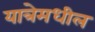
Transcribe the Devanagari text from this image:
यात्रेमधील